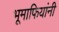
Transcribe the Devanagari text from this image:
भूमाफियांनी